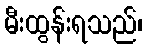
မီးထွန်းရသည်၊